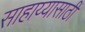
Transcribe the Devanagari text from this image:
साहाय्यासाठीं